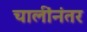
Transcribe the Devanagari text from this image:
चालींनंतर